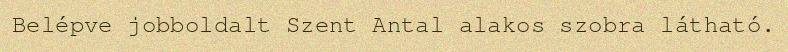
Belépve jobboldalt Szent Antal alakos szobra látható.